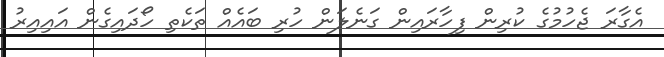
އެގާރަ ޖެހުމުގެ ކުރިން ފިހާރައިން ގަނެލަން ހުރި ބައެއް ތަކެތި ހޯދައިގެން އައިއިރު